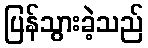
ပြန်သွားခဲ့သည်